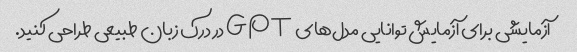
آزمایشی برای آزمایش توانایی مدل‌های GPT در درک زبان طبیعی طراحی کنید.